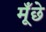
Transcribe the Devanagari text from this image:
मूँछे